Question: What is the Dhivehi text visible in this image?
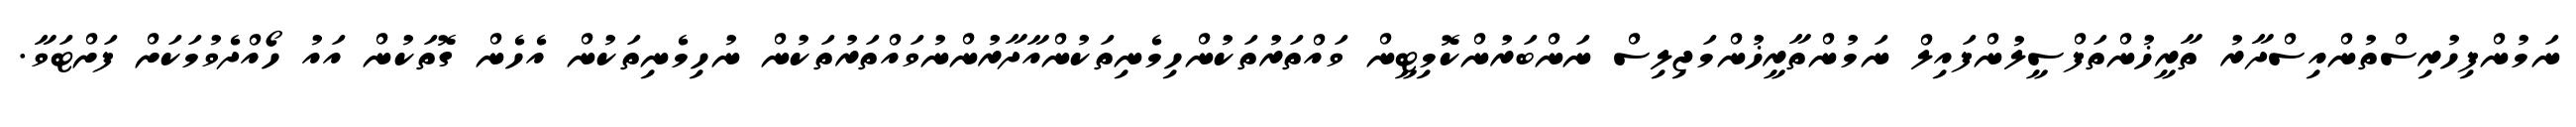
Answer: ނަމުންފިހުރިސްތުންއިސްދާރު ތާރީޚުންތަފްސީލުންފައިލް ނަމުންތާރީޚުންމަޖިލިސް ނަންބަރުންކޮމިޓީން ވައްތަރުތަކުންހިމެނިތަކުންއާދާރުންނުވައްތަރުތަކުން ނުހިމެނިތަކުން އެހެން ގޮތަކުން އައު ހޯއްދެވުމަކަށް ފަށްޓަވާ.